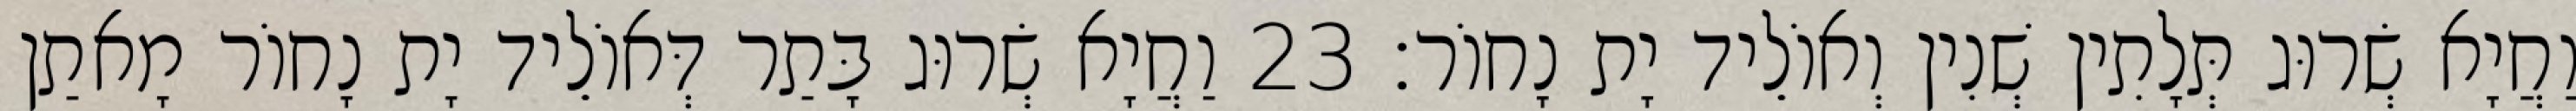
וַחֲיָא שְׂרוּג תְּלָתִין שְׁנִין וְאוֹלֵיד יָת נָחוֹר׃ 23 וַחֲיָא שְׂרוּג בָּתַר דְּאוֹלֵיד יָת נָחוֹר מָאתַן